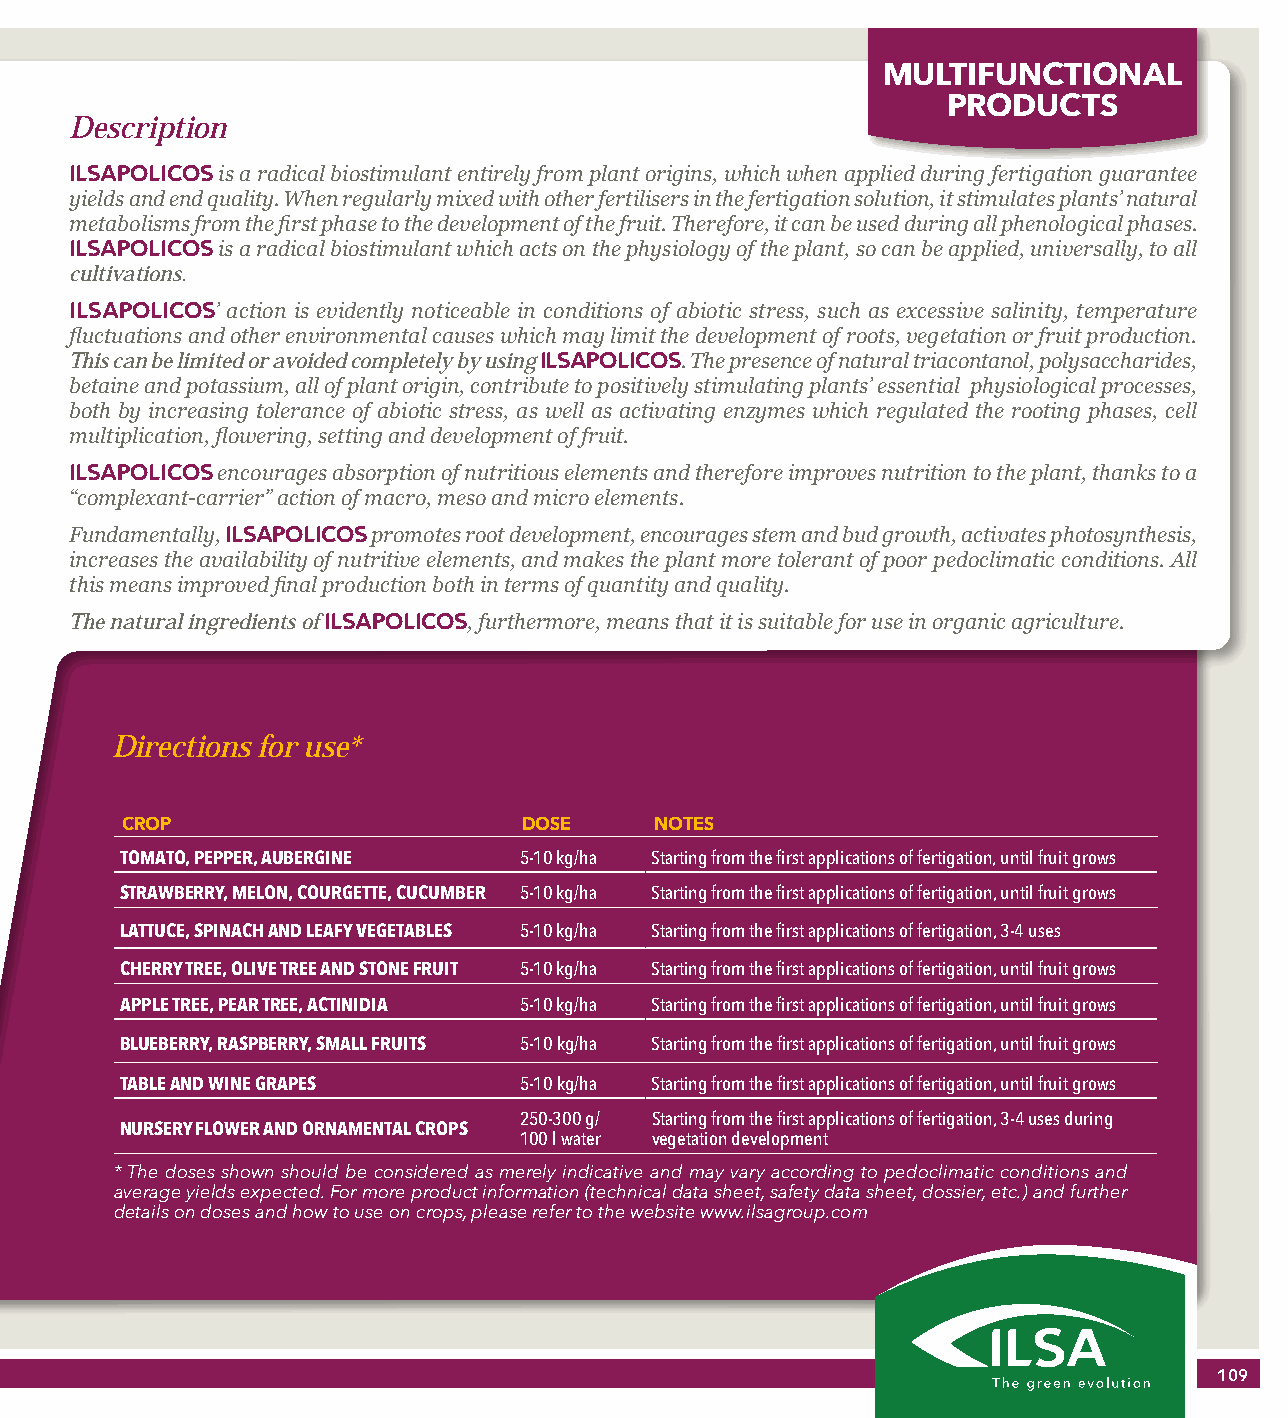
MULTIFUNCTIONAL
 PRODUCTS
 Description
 ILSAPOLICOS is a radical biostimulant entirely from plant origins, which when applied during fertigation guarantee
 yields and end quality. When regularly mixed with other fertilisers in the fertigation solution, it stimulates plants’ natural
 metabolisms from the first phase to the development of the fruit. Therefore, it can be used during all phenological phases.
 ILSAPOLICOS is a radical biostimulant which acts on the physiology of the plant, so can be applied, universally, to all
 cultivations.
 ILSAPOLICOS’ action is evidently noticeable in conditions of abiotic stress, such as excessive salinity, temperature
 fluctuations and other environmental causes which may limit the development of roots, vegetation or fruit production.
 This can be limited or avoided completely by using ILSAPOLICOS. The presence of natural triacontanol, polysaccharides,
 betaine and potassium, all of plant origin, contribute to positively stimulating plants’ essential physiological processes,
 both by increasing tolerance of abiotic stress, as well as activating enzymes which regulated the rooting phases, cell
 multiplication, flowering, setting and development of fruit.
 ILSAPOLICOS encourages absorption of nutritious elements and therefore improves nutrition to the plant, thanks to a
 “complexant-carrier” action of macro, meso and micro elements.
 Fundamentally, ILSAPOLICOS promotes root development, encourages stem and bud growth, activates photosynthesis,
 increases the availability of nutritive elements, and makes the plant more tolerant of poor pedoclimatic conditions. All
 this means improved final production both in terms of quantity and quality.
 The natural ingredients of ILSAPOLICOS, furthermore, means that it is suitable for use in organic agriculture.
 Directions for use*
 CROP                       DOSE    NOTES
 TOMATO, PEPPER, AUBERGINE 5-10 kg/ha Starting from the first applications of fertigation, until fruit grows
 STRAWBERRY, MELON, COURGETTE, CUCUMBER 5-10 kg/ha Starting from the first applications of fertigation, until fruit grows
 LATTUCE, SPINACH AND LEAFY VEGETABLES 5-10 kg/ha Starting from the first applications of fertigation, 3-4 uses
 CHERRY TREE, OLIVE TREE AND STONE FRUIT 5-10 kg/ha Starting from the first applications of fertigation, until fruit grows
 APPLE TREE, PEAR TREE, ACTINIDIA 5-10 kg/ha Starting from the first applications of fertigation, until fruit grows
 BLUEBERRY, RASPBERRY, SMALL FRUITS 5-10 kg/ha Starting from the first applications of fertigation, until fruit grows
 TABLE AND WINE GRAPES     5-10 kg/ha Starting from the first applications of fertigation, until fruit grows
 250-300 g/ Starting from the first applications of fertigation, 3-4 uses during
 NURSERY FLOWER AND ORNAMENTAL CROPS
 100 l water vegetation development
 * The doses shown should be considered as merely indicative and may vary according to pedoclimatic conditions and
 average yields expected. For more product information (technical data sheet, safety data sheet, dossier, etc.) and further
 details on doses and how to use on crops, please refer to the website www.ilsagroup.com
 109